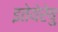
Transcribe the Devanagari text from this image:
इतेयेरेषु